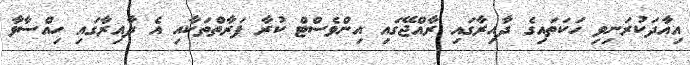
އިއާދަކުރަނިވި ހަކަތައިގެ ދާއިރާގައި ރާއްޖޭގައި އިންވެސްޓް ކުރާ ފަރާތްތަކާއި އެ ދާއިރާގައި ހިއްސާވާ